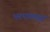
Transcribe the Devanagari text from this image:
भरपालसर